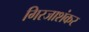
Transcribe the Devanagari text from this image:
गिरजाशंकर